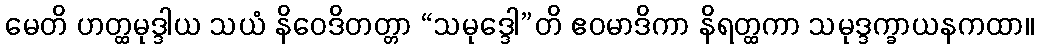
မေတိ ဟတ္ထမုဒ္ဒါယ သယံ နိဝေဒိတတ္တာ “သမုဒ္ဒေါ”တိ ဧဝမာဒိကာ နိရတ္ထကာ သမုဒ္ဒက္ခာယနကထာ။